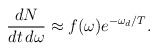
\begin{align*}\frac{dN}{dt\,d\omega} \approx f(\omega)e^{-\omega_{d}/T}.\end{align*}